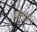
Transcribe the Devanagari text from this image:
आव्व्र्त्ती